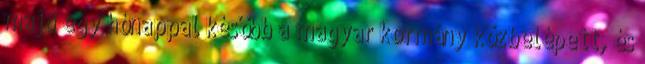
majd egy hónappal később a magyar kormány közbelépett, és